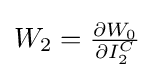
{\textstyle W_{2}={\frac {\partial W_{0}}{\partial I_{2}^{C}}}}